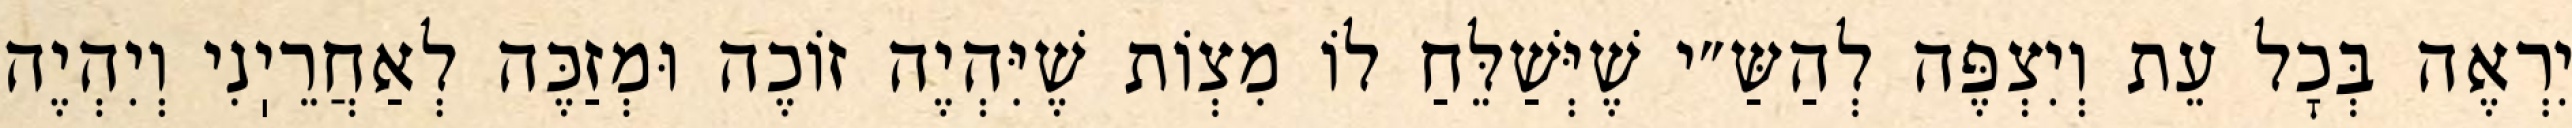
יִרְאֶה בְּכׇל עֵת וְיִצְפֶּה לְהַשַּ״י שֶׁיְּשַׁלֵּחַ לוֹ מִצְוֹת שֶׁיִּהְיֶה זוֹכֶה וּמְזַכֶּה לְאַחֲרֵיֽנִי וְיִהְיֶה